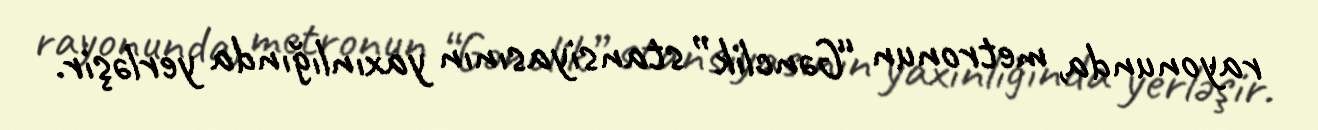
rayonunda, metronun “Gənclik” stansiyasının yaxınlığında yerləşir.